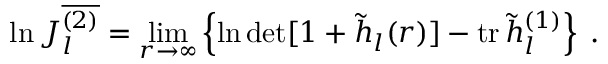
\ln { \cal J } _ { l } ^ { \overline { { { ( 2 ) } } } } = \operatorname * { l i m } _ { r \to \infty } \left\{ \ln \operatorname * { d e t } [ 1 + \widetilde h _ { l } ( r ) ] - \mathrm { t r } \, \widetilde h _ { l } ^ { ( 1 ) } \right\} \; .